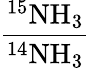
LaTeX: \mathrm{\frac{^{15}NH_{3}}{^{14}NH_{3}}}